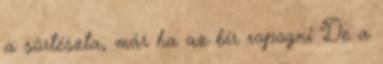
a sörtészta, már ha az bír ropogni De a